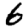
Digit: 6